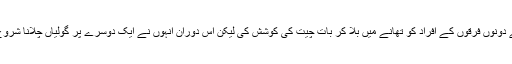
پولیس نے دونوں فرقوں کے افراد کو تھانے میں بلا کر بات چیت کی کوشش کی لیکن اس دوران انہوں نے ایک دوسرے پر گولیاں چلانا شروع کر دیں۔